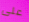
على